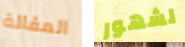
المقالة لشهور